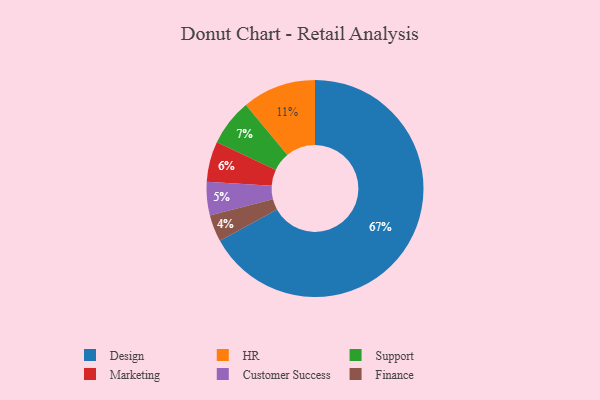
{"axis": {"x": "Category", "y": "Percentage"}, "legend": ["Customer Success", "Design", "Finance", "HR", "Marketing", "Support"], "data": [{"x": "Finance", "y": 4, "type": "Finance"}, {"x": "Marketing", "y": 6, "type": "Marketing"}, {"x": "HR", "y": 11, "type": "HR"}, {"x": "Design", "y": 67, "type": "Design"}, {"x": "Customer Success", "y": 5, "type": "Customer Success"}, {"x": "Support", "y": 7, "type": "Support"}]}